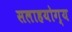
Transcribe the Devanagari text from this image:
सलाहयोग्य